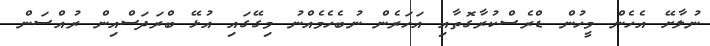
ނުލާށޭ އެހެން މީހުން ޑްރެސްކުރާގޮތާއި އަހަރެން ނުބެހެމެއްނު މިގޭގައި އުޅޭ ބްރަދަސްއިން ރުއްސަން